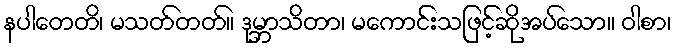
နပါတေတိ၊ မသတ်တတ်။ ဒုမ္ဘာသိတာ၊ မကောင်းသဖြင့်ဆိုအပ်သော။ ဝါစာ၊